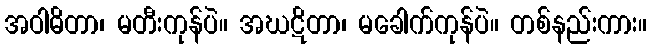
အဝါဓိတာ၊ မတီးကုန်ပဲ။ အဃဋိတာ၊ မခေါက်ကုန်ပဲ။ တစ်နည်းကား။